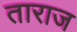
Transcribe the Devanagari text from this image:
ताराज